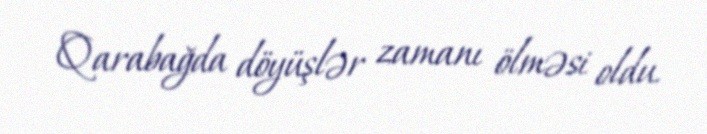
Qarabağda döyüşlər zamanı ölməsi oldu.